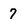
Character: 7